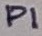
Text: P1